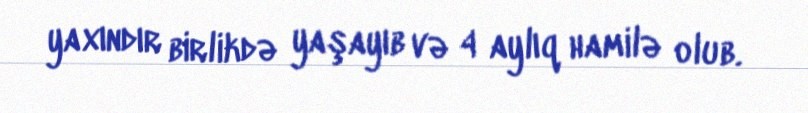
yaxındır birlikdə yaşayıb və 4 aylıq hamilə olub.